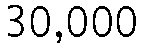
30,000